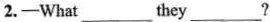
2.-What___they___?